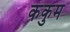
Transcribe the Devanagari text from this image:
कंकुम